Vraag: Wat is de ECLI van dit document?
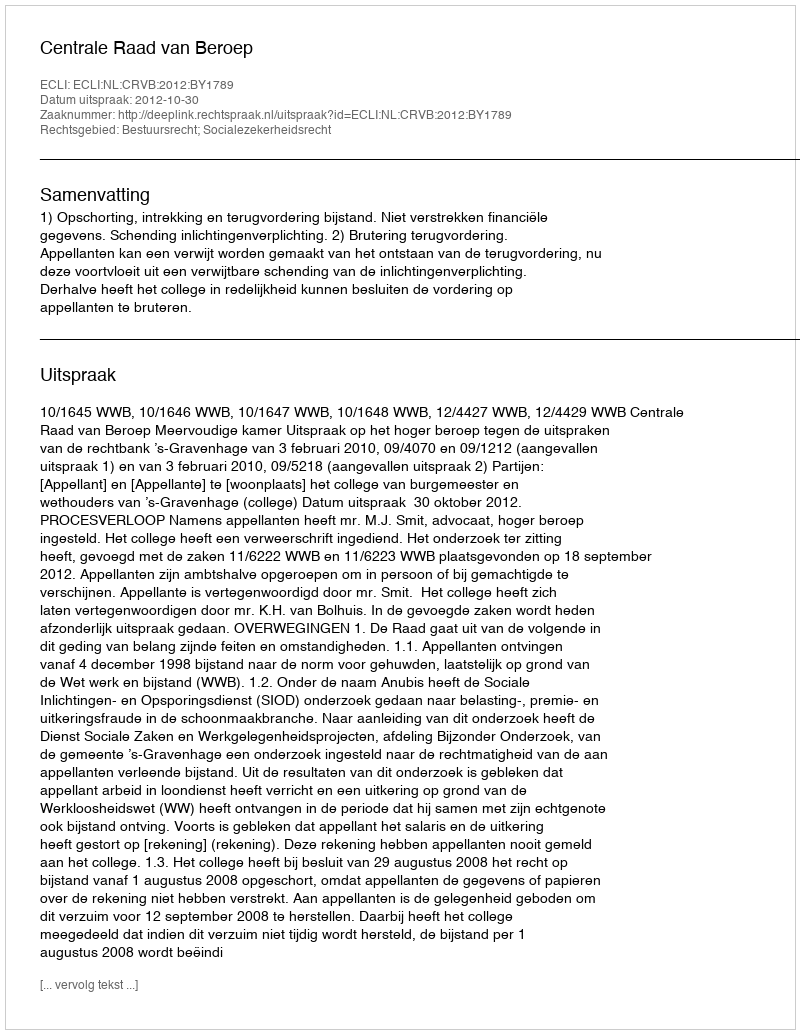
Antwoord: ECLI:NL:CRVB:2012:BY1789